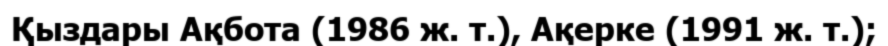
Қыздары Ақбота (1986 ж. т.), Ақерке (1991 ж. т.);